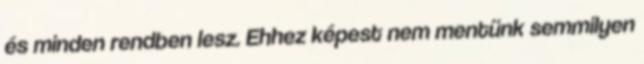
és minden rendben lesz. Eh­hez képest nem mentünk semmilyen